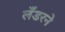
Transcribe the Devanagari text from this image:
लँडरने